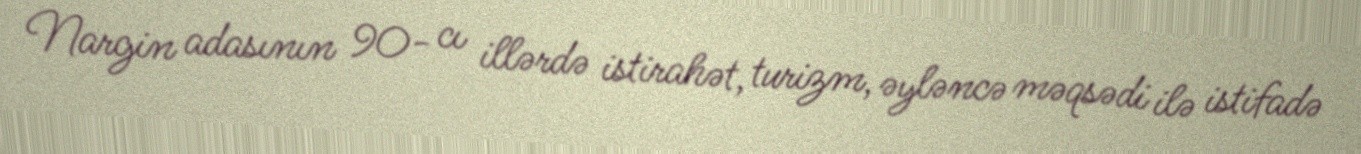
Nargin adasının 90- cı illərdə istirahət, turizm, əyləncə məqsədi ilə istifadə